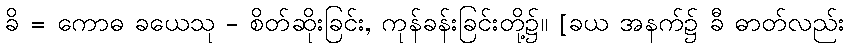
ခိ = ကောဓ ခယေသု - စိတ်ဆိုးခြင်း, ကုန်ခန်းခြင်းတို့၌။ [ခယ အနက်၌ ခီ ဓာတ်လည်း